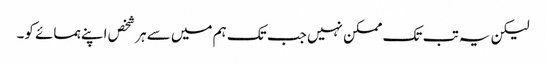
لیکن یہ تب تک ممکن نہیں جب تک ہم میں سے ہر شخص اپنے ہمسائے کو۔